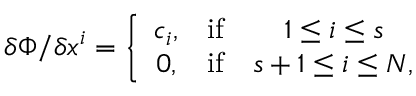
\delta \Phi / \delta x ^ { i } = \left\{ \begin{array} { c c c } { { c _ { i } , } } & { { \mathrm { i f } } } & { { 1 \leq i \leq s \nonumber } } \\ { { 0 , } } & { { \mathrm { i f } } } & { { s + 1 \leq i \leq N , } } \end{array} \right.